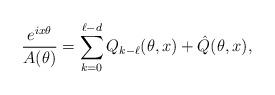
LaTeX: \begin{align*}\dfrac{e^{ix\theta}}{A(\theta)}=\sum\limits_{k=0}^{\ell-d}{Q}_{k-\ell}(\theta,x)+\hat{Q}(\theta,x),\end{align*}